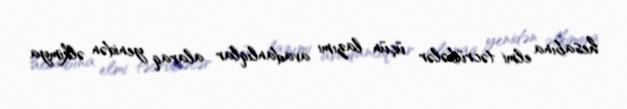
hesabına elmi təcrübələr üçün lazımı avadanlıqlar alaraq yenidən əlkimya